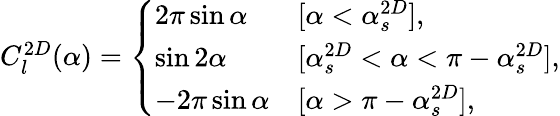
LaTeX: \begin{array}{r}{C_{l}^{2D}(\alpha)=\left\{ \begin{array}{ll}{2\pi\sin\alpha}&{[\alpha<\alpha_{s}^{2D}],}\\ {\sin 2\alpha}&{[\alpha_{s}^{2D}<\alpha<\pi-\alpha_{s}^{2D}],}\\ {-2\pi\sin\alpha}&{[\alpha>\pi-\alpha_{s}^{2D}],}\end{array}\right.}\end{array}